Document type: Sale
Year: 1326
Scribe: Bartomeu Marc
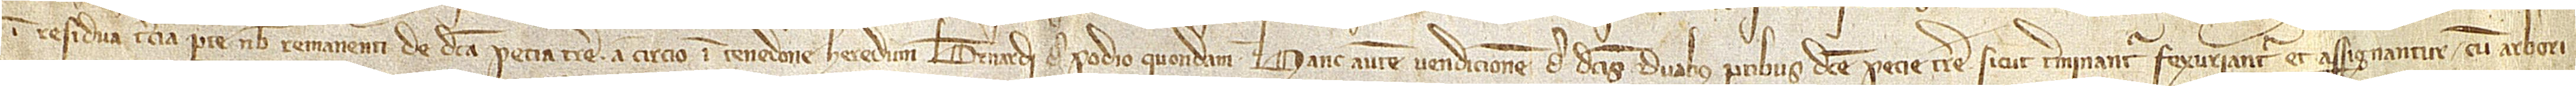
in residua tercia parte nobis remanenti de dicta pecia terre; a circio in tenedone heredum Bernardi de Podio, quondam. Hanc autem vendicionem de dictis duabus partibus dicte pecie terre, sicut terminantur, fexuriantur et assignantur, cum arbori-